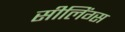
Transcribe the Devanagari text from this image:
सीलिंग्स